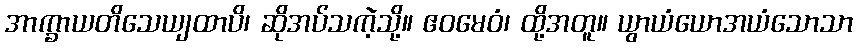
အာက္ခာယတိသေယျထာပိ၊ ဆိုအပ်သကဲ့သို့။ ဧဝမေဝံ၊ ထို့အတူ။ ယွာယံယောအယံသောသာ